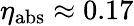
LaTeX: \eta_{\mathrm{abs}}\approx 0.17